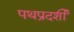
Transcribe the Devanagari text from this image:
पथप्रदर्शी